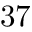
3 7